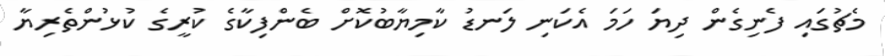
މެޗުގައި ފެނިގެން ދިޔަ ހަމަ އެކަނި ލަނޑު ކާމިޔާބުކޮށް ބެންފިކާގެ ކުރީގެ ކުޅުންތެރިޔާ